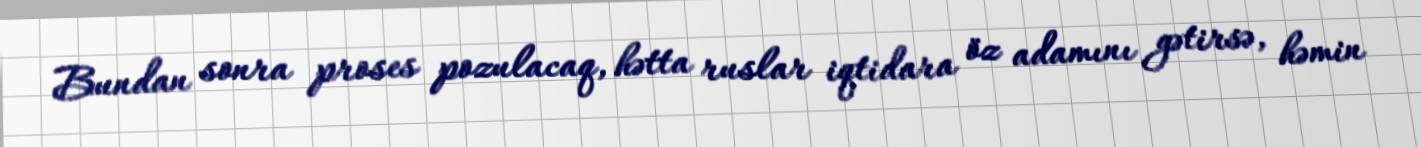
Bundan sonra proses pozulacaq, hətta ruslar iqtidara öz adamını gətirsə, həmin